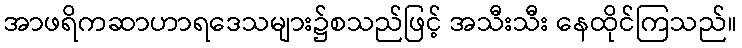
အာဖရိကဆာဟာရဒေသများ၌စသည်ဖြင့် အသီးသီး နေထိုင်ကြသည်။